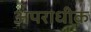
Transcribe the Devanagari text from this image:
अपराधीक